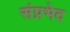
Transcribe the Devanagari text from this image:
संप्रभेद